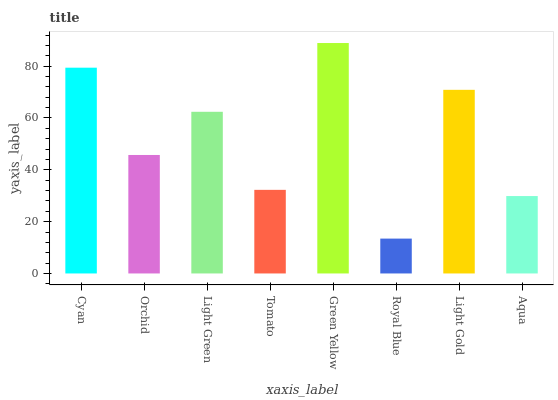
| xaxis_label | bars |
 | --- | --- |
 | Cyan | 79.4 |
 | Orchid | 45.7 |
 | Light Green | 62.4 |
 | Tomato | 32.3 |
 | Green Yellow | 88.9 |
 | Royal Blue | 13.5 |
 | Light Gold | 70.9 |
 | Aqua | 29.9 |